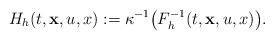
LaTeX: \begin{align*} H_h(t,\mathbf{x},u,x):= \kappa^{-1}\bigl( F^{-1}_h(t,\mathbf{x},u,x)\bigr).\end{align*}